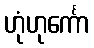
ဟုံဟုင်္ကော